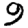
Digit: 9